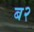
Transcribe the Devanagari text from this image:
ब२